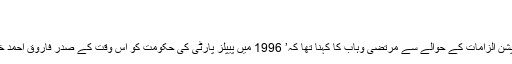
‘
کرپشن الزامات
پیپلز پارٹی رہنمائوں پر کرپشن الزامات کے حوالے سے مرتضیٰ وہاب کا کہنا تھا کہ’ 1996 میں پیپلز پارٹی کی حکومت کو اس وقت کے صدر فاروق احمد خان لغاری نے تحلیل کیا تھا۔